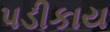
પડીકાય